Annual report on the lock hospitals of the Madras Presidency
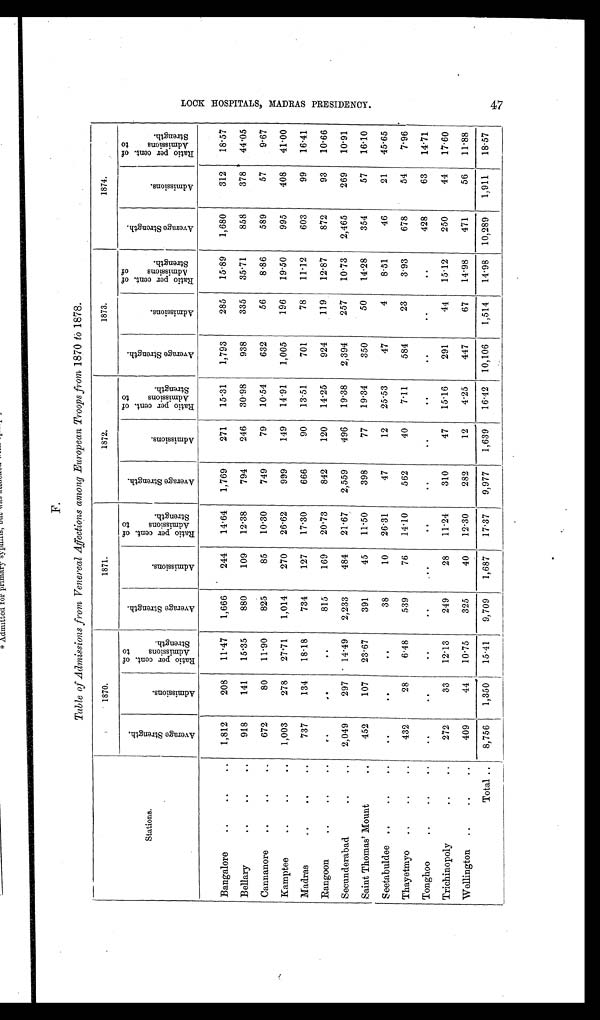
F .
Table of Admissions from Venereal Affections among European Troops from 1870 to 1878.
Stations.
1870.
1871.
1872.
-
1873.
1 8 7 4 .
A v e r a g e S t r e n g t h .
A d m i s s i o n s .
R a t i o p e r c e n t . o f A d m i s s i o n s t o S t r e n g t h .
A v e r a g e S t r e n g t h .
A d m i s s i o n s .
R a t i o p e r c e n t . o f A d m i s s i o n s t o S t r e n g t h . .
A v e r a g e S t r e n g t h .
A d m i s s i o n s .
Rat i o per cent . of Admi ssi ons t o St rengt h.
A v e r a g e S t r e n g t h .
A d m i s s i o n s .
R a t i o p e r c e n t . o f A d m i s s i o n s o f S t r e n g t h .
A v e r a g e S t r e n g t h .
A d m i s s i o n s .
Rat i o per c ent . of Admi s s i ons t o St r engt h.
Bangalore
..
..
1,812
208
11·47
1,666
244
14·64
1,769
271
15·31
1,793
285
15·89
1,680
312
18·57
Bellary
.. ..
..
918
141
15·35
880
109
12·38
794
246
30·98
938
335
35·71
858
378
44·05
Cannanore
..
..
..
672
80
11 . 90
825
85
10·30
749
79
10·54
632
56
8 · 8 6
589
57
9·67
Kamptee
..
..
..
1,003
278
27·71
1,014
270
26·62
999
149
14·91
1,005
196
19·50
995
408
41·00
Madras
..
..
. .
737
134
18·18
734
127
17·30
666
90
13·51
701
78
11·12
603
99
16·41
Rangoon
.. ..
..
. .
. .
..
815
169
20·73
842
120
14·25
924
119
12·87
872
93
10·66
Secunderabad
..
..
2,049
297
14·49
2,233
484
21·67
2,559
496
19·38
2,394
257
10·73
2,465
269
10·91
Saint Thomas' Mount
. .
452
107
23·67
391
45
11·50
398
77
19·34
350
50
14·28
354
57
16·10
Seetabuldee ..
..
..
..
..
..
38
10
26·31
47
12
25 . 53
47
4
8·51
46
21
45·65
Thayetmyo
..
..
..
432
28
6·48
539
76
14·10
562
40
7·11
584
23
3·93
678
54
7·96
Tonghoo
..
.. ..
..
. .
..
..
. .
..
..
..
..
..
..
..
428
63
14·71
Trichinopoly
..
..
272
33
12·13
249
28
11·24
310
47
15·16
291
44
15·12
250
44
17·60
Wellington ..
..
..
409
44
10·75
325
40
12·30
282
12
4·25
447
67
14·98
471
56
11·88
Total ..
8,756
1,350
15·41
9,709
1,687
17·37
9,977
1,639
16·42
10,106
1,514
14·98
10,289
1,911
18·57